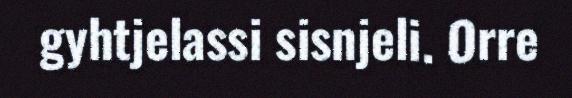
gyhtjelassi sisnjeli. Orre